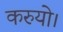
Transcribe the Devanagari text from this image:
करुयो।